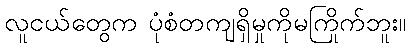
လူငယ်တွေက ပုံစံတကျရှိမှုကိုမကြိုက်ဘူး။